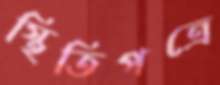
স্থিতিপত্রে